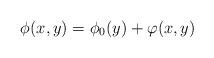
LaTeX: \begin{align*}\phi(x,y)=\phi_0(y)+\varphi(x,y) \end{align*}